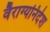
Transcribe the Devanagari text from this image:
वैराग्यनिदेश